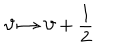
\vartheta \mapsto \vartheta + \frac { \textstyle 1 } { \textstyle 2 } \,